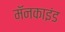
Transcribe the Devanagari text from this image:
मॅनकाइंड